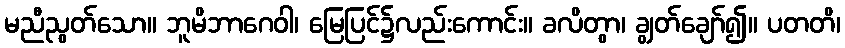
မညီညွတ်သော။ ဘူမိဘာဂေဝါ၊ မြေပြင်၌လည်းကောင်း။ ခလိတွာ၊ ချွတ်ချော်၍။ ပတတိ၊